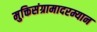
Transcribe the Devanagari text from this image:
मुक्तिसंग्रामादरम्यान